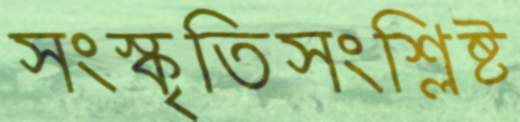
সংস্কৃতিসংশ্লিষ্ট